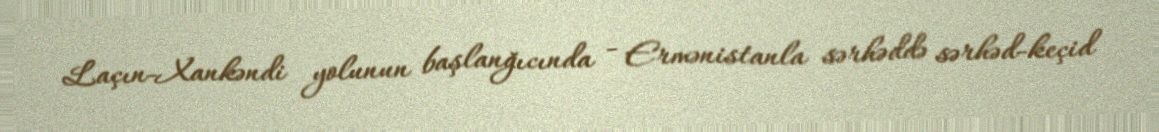
Laçın-Xankəndi yolunun başlanğıcında - Ermənistanla sərhəddə sərhəd-keçid